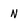
Character: N